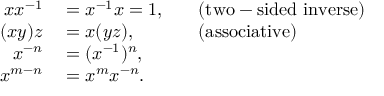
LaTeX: \begin{array} { r l r l } { x x ^ { - 1 } } & { { } = x ^ { - 1 } x = 1 , } & { } & { { } { \mathrm { ( t w o - s i d e d ~ i n v e r s e ) } } } \\ { ( x y ) z } & { { } = x ( y z ) , } & { } & { { } { \mathrm { ( a s s o c i a t i v e ) } } } \\ { x ^ { - n } } & { { } = ( x ^ { - 1 } ) ^ { n } , } \\ { x ^ { m - n } } & { { } = x ^ { m } x ^ { - n } . } \end{array}